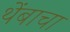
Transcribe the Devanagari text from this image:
थेंबाचा